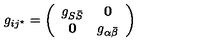
g _ { i j ^ { \star } } = \left( \begin{array} { c c } { g _ { S \bar { S } } } & { { \bf 0 } } \\ { { \bf 0 } } & { g _ { \alpha \bar { \beta } } } \\ \end{array} \right)